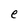
Character: e